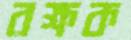
রক্ষক